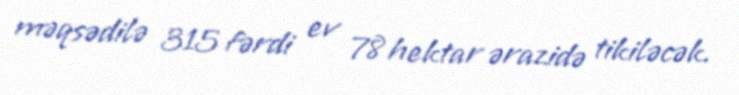
məqsədilə 315 fərdi ev 78 hektar ərazidə tikiləcək.